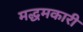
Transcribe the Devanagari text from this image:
मद्धमकारी